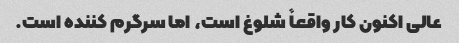
عالی اکنون کار واقعاً شلوغ است، اما سرگرم کننده است.